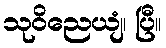
သုဝိညေယျံ၊ ပြီ။